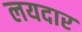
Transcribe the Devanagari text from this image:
लयदार